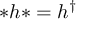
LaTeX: * h * = h ^ { \dagger }